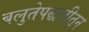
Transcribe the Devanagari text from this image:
बलुतेपद्धतीतून